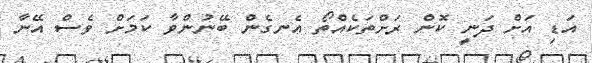
އަޑި އަށް ދަނީ ކޮން ރަށްތަކެއްތޯ އެނގެން ބޭނުންވާ ކަމަށް ވެސް އޭނާ